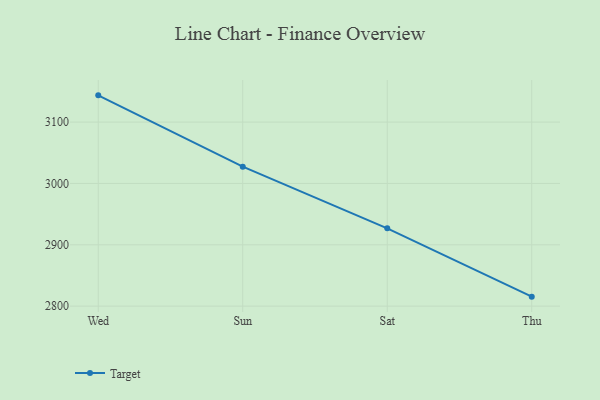
{"axis": {"x": "Day", "y": "Headcount"}, "legend": ["Target"], "data": [{"x": "Wed", "y": 3143.6, "type": "Target"}, {"x": "Sun", "y": 3027.4, "type": "Target"}, {"x": "Sat", "y": 2926.9, "type": "Target"}, {"x": "Thu", "y": 2815.5, "type": "Target"}]}